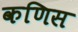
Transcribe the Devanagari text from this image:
कणिस